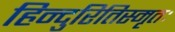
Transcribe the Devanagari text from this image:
हिन्दुरितिस्मृतः